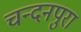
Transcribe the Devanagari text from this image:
चन्दनपुरा